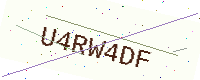
Text: U4RW4DF